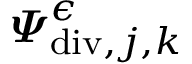
\boldsymbol { \varPsi } _ { \mathrm { d i v } , j , \boldsymbol { k } } ^ { \epsilon }